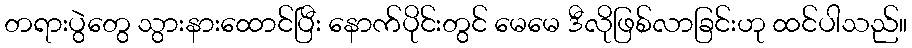
တရားပွဲတွေ သွားနားထောင်ပြီး နောက်ပိုင်းတွင် မေမေ ဒီလိုဖြစ်လာခြင်းဟု ထင်ပါသည်။